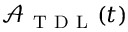
\mathcal { A } _ { \mathrm { ~ T ~ D ~ L ~ } } ( t )